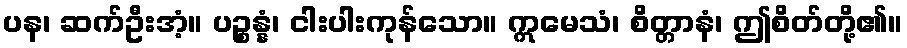
ပန၊ ဆက်ဦးအံ့။ ပဉ္စန္နံ၊ ငါးပါးကုန်သော။ ဣမေသံ၊ စိတ္တာနံ၊ ဤစိတ်တို့၏။